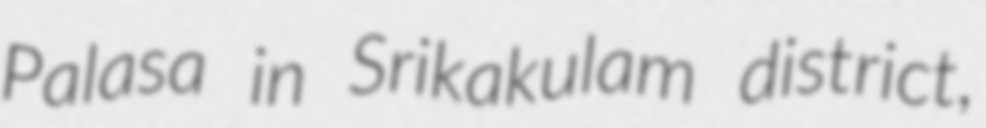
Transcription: Palasa in Srikakulam district,